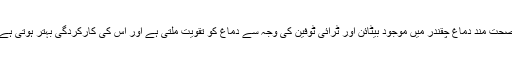
صحت مند دماغ چقندر میں موجود بیٹائن اور ٹرائی ٹوفین کی وجہ سے دماغ کو تقویت ملتی ہے اور اس کی کارکردگی بہتر ہوتی ہے۔